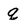
Character: q